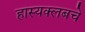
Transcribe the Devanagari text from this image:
हास्यक्लबचे